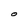
Character: O